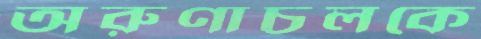
অরুণাচলকে